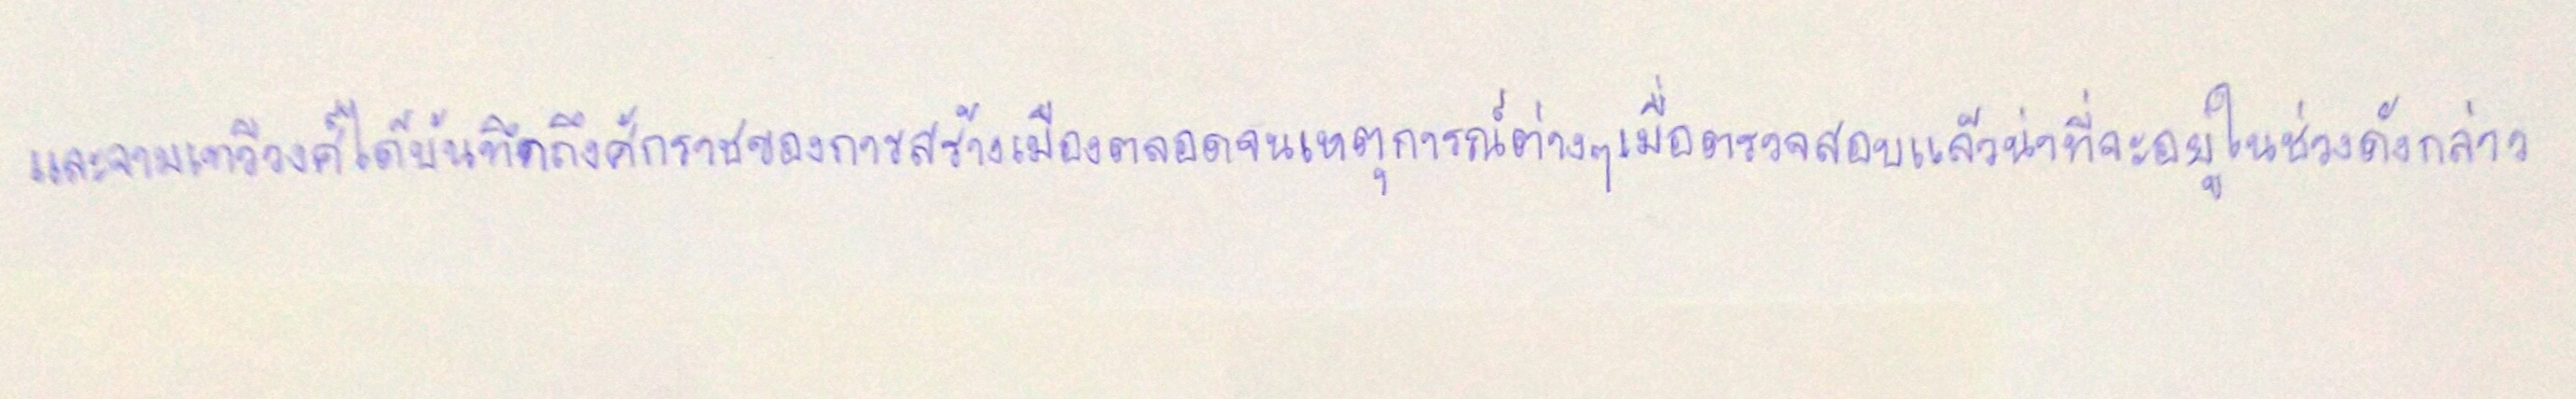
และจามเทวีวงศ์ได้บันทึกถึงศักราชของการสร้างเมืองตลอดจนเหตุการณ์ต่างๆเมื่อตรวจสอบแล้วน่าที่จะอยู่ในช่วงดังกล่าว